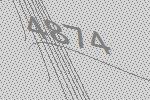
4874